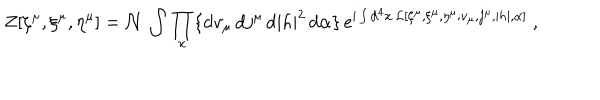
Z [ \zeta ^ { \mu } , \xi ^ { \mu } , \eta ^ { \mu } ] = { \cal N } \, \int \prod _ { x } \{ \mathrm { d } v _ { \mu } \, \mathrm { d } j ^ { \mu } \, \mathrm { d } | h | ^ { 2 } \, \mathrm { d } \alpha \} \, e ^ { \mathrm { i } \int \mathrm { d } ^ { 4 } x \, { \cal L } [ \zeta ^ { \mu } , \xi ^ { \mu } , \eta ^ { \mu } ; v _ { \mu } , j ^ { \mu } , | h | , \alpha ] } \ ,